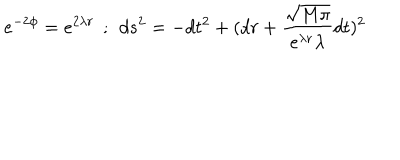
e ^ { - 2 \phi } = e ^ { 2 \lambda r } \: \: ; \: \: d s ^ { 2 } = - d t ^ { 2 } + ( d r + \frac { \sqrt { M \pi } } { e ^ { \lambda r } \lambda } d t ) ^ { 2 }